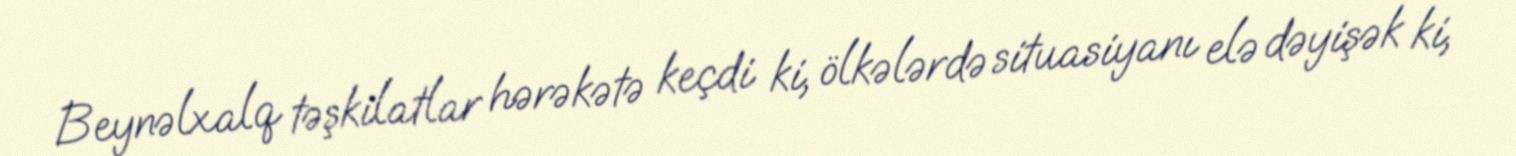
Beynəlxalq təşkilatlar hərəkətə keçdi ki, ölkələrdə situasiyanı elə dəyişək ki,